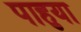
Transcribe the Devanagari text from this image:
पाहुया